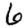
Digit: 6